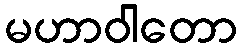
မဟာဝါတော